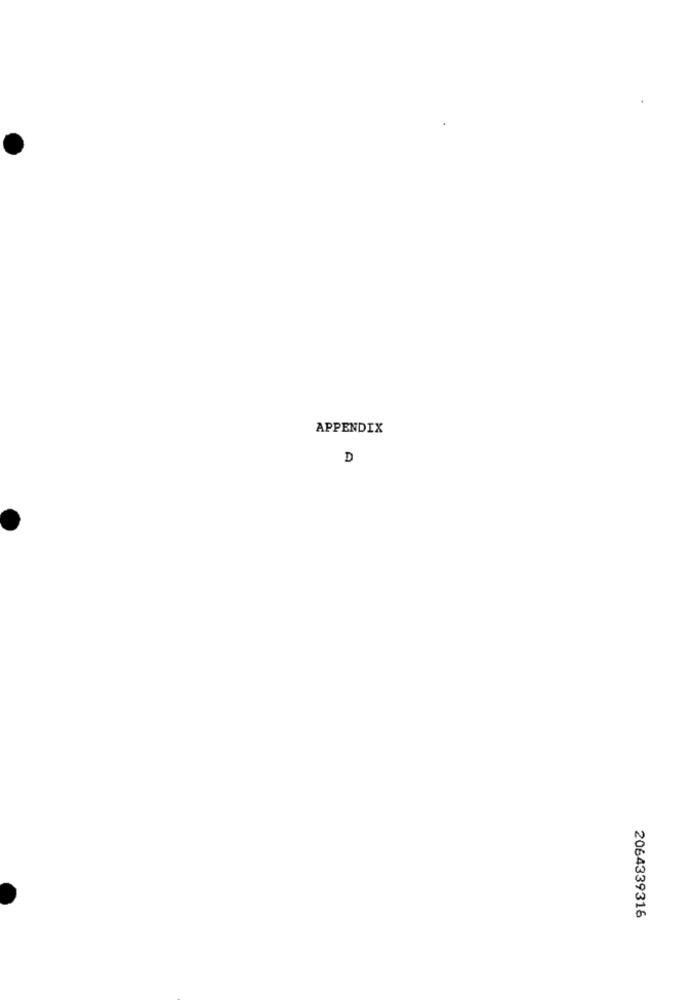
APPENDIX
D
2064339316